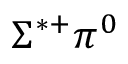
\Sigma ^ { * + } \pi ^ { 0 }